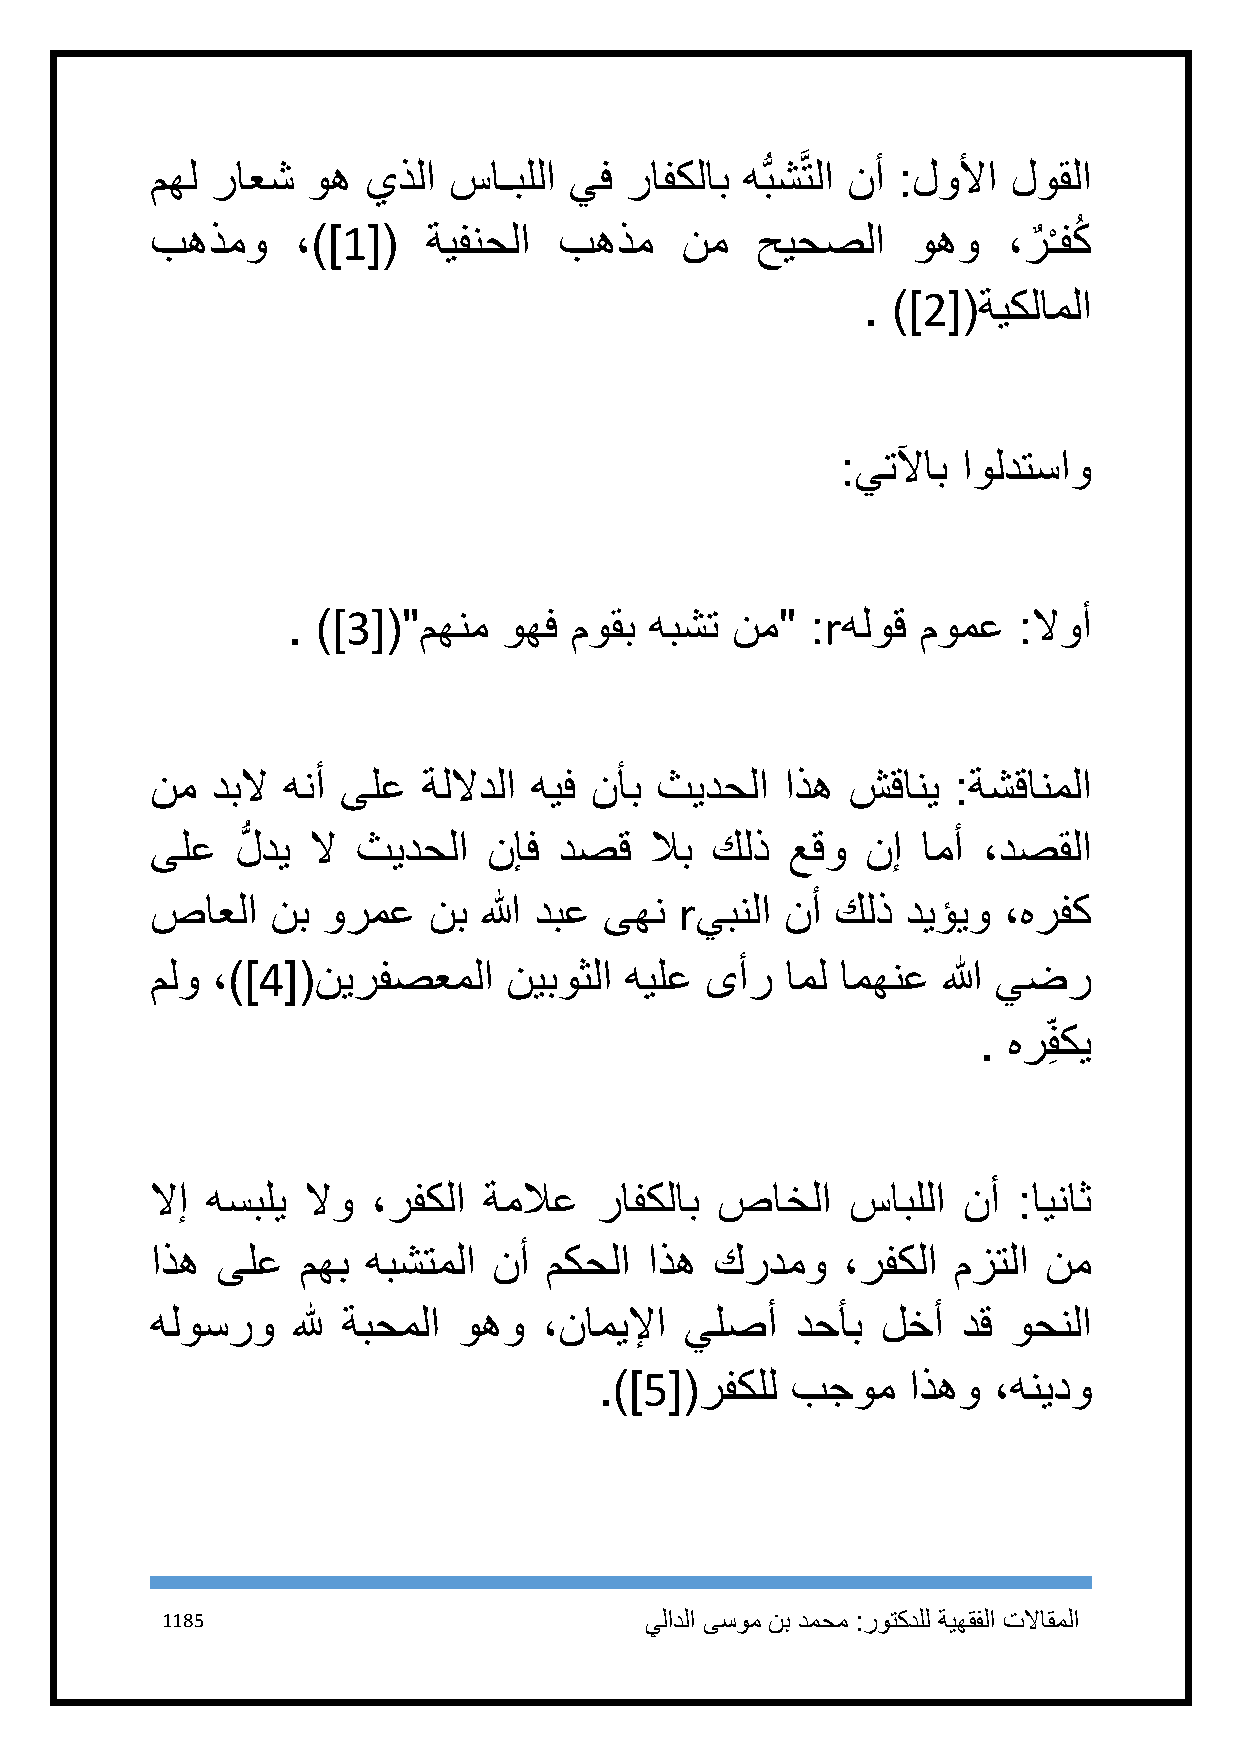
مهل راعش  وه  يذلا  ساـبللا يف رافكلاب هُّبشَّتلا نأ :لولأا لوقلا
 بهذمو     ،)]1[(  ةيفنحلا  بهذم    نم   حيحصلا    وهو    ،رٌ ْـفكُ
 . )]2[(ةيكلاملا
 :يتلآاب اولدتساو
 . )]3[("مهنم  وهف  موقب هبشت نم"   :rهلوق مومع  :لاوأ
 نم  دبلا هنأ ىلع  ةللادلا هيف نأب ثيدحلا  اذه شقاني  :ةشقانملا
 ىلع   لُّ دي لا ثيدحلا نإف دصق   لاب كلذ  عقو  نإ  امأ ،دصقلا
 صاعلا   نب ورمع   نب  الله دبع ىهن rيبنلا نأ كلذ  ديؤيو ،هرفك
 ملو ،)]4[(نيرفصعملا     نيبوثلا هيلع ىأر  امل امهنع الله يضر
 . هر فِ كي
 لاإ هسبلي لاو  ،رفكلا ةملاع  رافكلاب صاخلا    سابللا  نأ :ايناث
 اذه ىلع   مهب هبشتملا  نأ مكحلا  اذه كردمو    ،رفكلا مزتلا نم
 هلوسرو   لله ةبحملا وهو   ،ناميلإا يلصأ    دحأب لخأ   دق وحنلا
 .)]5[(رفكلل بجوم    اذهو  ،هنيدو
 1185                            يلادلا ىسوم نب دمحم :روتكدلل ةيهقفلا تلااقملا